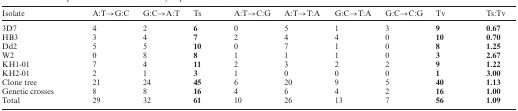
<table><thead><tr><td><b>Isolate</b></td><td><b>A:T→G:C</b></td><td><b>G:C→A:T</b></td><td><b>Ts</b></td><td><b>A:T→C:G</b></td><td><b>A:T→T:A</b></td><td><b>G:C→T:A</b></td><td><b>G:C→C:G</b></td><td><b>Tv</b></td><td><b>Ts:Tv</b></td></tr></thead><tbody><tr><td>3D7</td><td>4</td><td>2</td><td><b>6</b></td><td>0</td><td>5</td><td>1</td><td>3</td><td><b>9</b></td><td><b>0.67</b></td></tr><tr><td>HB3</td><td>3</td><td>4</td><td><b>7</b></td><td>2</td><td>4</td><td>4</td><td>0</td><td><b>10</b></td><td><b>0.70</b></td></tr><tr><td>Dd2</td><td>5</td><td>5</td><td><b>10</b></td><td>0</td><td>7</td><td>1</td><td>0</td><td><b>8</b></td><td><b>1.25</b></td></tr><tr><td>W2</td><td>0</td><td>8</td><td><b>8</b></td><td>1</td><td>1</td><td>1</td><td>0</td><td><b>3</b></td><td><b>2.67</b></td></tr><tr><td>KH1-01</td><td>7</td><td>4</td><td><b>11</b></td><td>2</td><td>3</td><td>2</td><td>2</td><td><b>9</b></td><td><b>1.22</b></td></tr><tr><td>KH2-01</td><td>2</td><td>1</td><td><b>3</b></td><td>1</td><td>0</td><td>0</td><td>0</td><td><b>1</b></td><td><b>3.00</b></td></tr><tr><td>Clone tree</td><td>21</td><td>24</td><td><b>45</b></td><td>6</td><td>20</td><td>9</td><td>5</td><td><b>40</b></td><td><b>1.13</b></td></tr><tr><td>Genetic crosses</td><td>8</td><td>8</td><td><b>16</b></td><td>4</td><td>6</td><td>4</td><td>2</td><td><b>16</b></td><td><b>1.00</b></td></tr><tr><td>Total</td><td>29</td><td>32</td><td><b>61</b></td><td>10</td><td>26</td><td>13</td><td>7</td><td><b>56</b></td><td><b>1.09</b></td></tr></tbody></table>